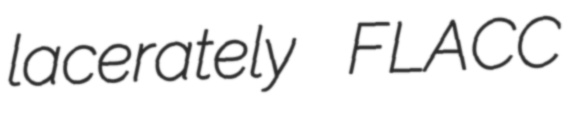
lacerately FLACC